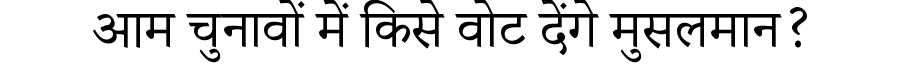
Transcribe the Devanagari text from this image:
आम चुनावों में किसे वोट देंगे मुसलमान?